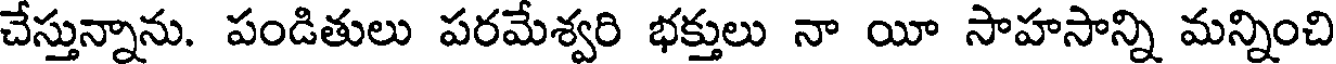
చేస్తున్నాను. పండితులు పరమేశ్వరి భక్తులు నా యీ సాహసాన్ని మన్నించి